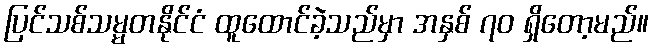
ပြင်သစ်သမ္မတနိုင်ငံ ထူထောင်ခဲ့သည်မှာ အနှစ် ၇၀ ရှိတော့မည်။